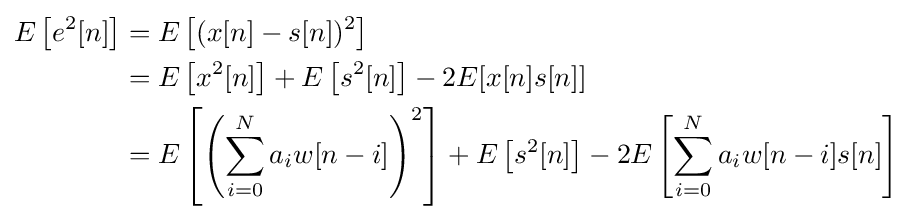
{\begin{aligned}E\left[e^{2}[n]\right]&=E\left[(x[n]-s[n])^{2}\right]\\&=E\left[x^{2}[n]\right]+E\left[s^{2}[n]\right]-2E[x[n]s[n]]\\&=E\left[\left(\sum _{i=0}^{N}a_{i}w[n-i]\right)^{2}\right]+E\left[s^{2}[n]\right]-2E\left[\sum _{i=0}^{N}a_{i}w[n-i]s[n]\right]\end{aligned}}